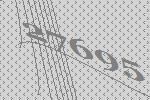
27695